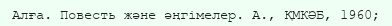
Алға. Повесть және әңгімелер. А., ҚМКӘБ, 1960;